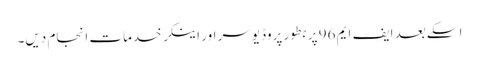
اسکے بعد ایف ایم 96 پر بطور پروڈیوسر اور اینکر خدمات انجام دیں۔